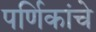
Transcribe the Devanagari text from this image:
पर्णिकांचे